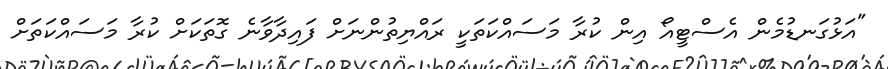
"އަޅުގަނޑުމެން އެސްޓީއޯ އިން ކުރާ މަސައްކަތަކީ ރައްޔިތުންނަށް ފައިދާވާނެ ގޮތަކަށް ކުރާ މަސައްކަތަށް